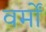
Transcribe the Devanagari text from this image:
वर्मों